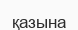
қазына